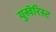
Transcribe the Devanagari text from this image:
युखॅरिस्ट